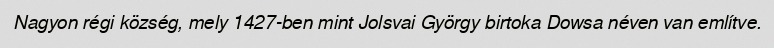
Nagyon régi község, mely 1427-ben mint Jolsvai György birtoka Dowsa néven van említve.